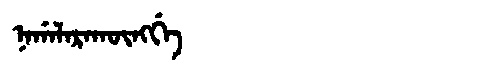
Manchu: ᠨᠠᡤᠠᠯᠠᡵᠠᡴᡡᠩᡤᡝ
Romanization: NAGALARAKŪNGGE